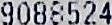
9088524